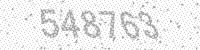
Solution: 548763